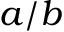
a / b